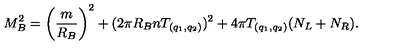
M _ { B } ^ { 2 } = \left( { \frac { m } { R _ { B } } } \right) ^ { 2 } + ( 2 \pi R _ { B } n T _ { ( q _ { 1 } , q _ { 2 } ) } ) ^ { 2 } + 4 \pi T _ { ( q _ { 1 } , q _ { 2 } ) } ( N _ { L } + N _ { R } ) .